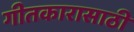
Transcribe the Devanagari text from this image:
गीतकारासाठी